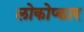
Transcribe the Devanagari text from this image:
लोकोप्कार